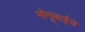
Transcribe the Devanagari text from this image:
मोगूबाईंचे